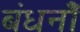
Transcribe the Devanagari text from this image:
बंधनोँ